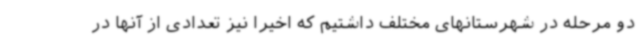
دو مرحله در شهرستانهای مختلف داشتیم که اخیرا نیز تعدادی از آنها در